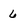
Character: 6